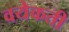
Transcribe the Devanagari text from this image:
वयेकती